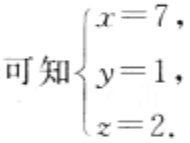
可知\(\begin{cases}

x = 7,\\

y = 1,\\

z = 2.

\end{cases}\)